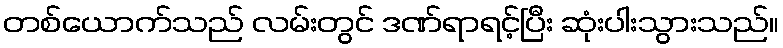
တစ်ယောက်သည် လမ်းတွင် ဒဏ်ရာရင့်ပြီး ဆုံးပါးသွားသည်။